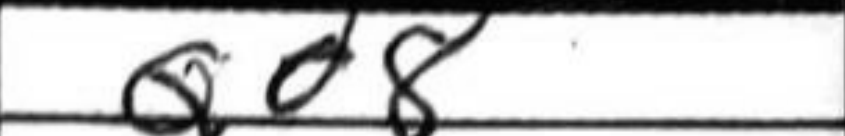
Transcription: Qd8